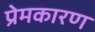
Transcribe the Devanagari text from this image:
प्रेमकारण